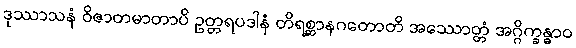
ဒုဿာသနံ ဝိဇာတမာတာပိ ဥတ္တရပဒါနံ တိရစ္ဆာနဂတောတိ အဿောတ္တံ အဂ္ဂိက္ခန္ဓာဝ